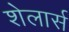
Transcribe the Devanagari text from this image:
शेलार्स